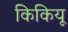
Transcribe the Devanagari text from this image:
किकियू